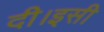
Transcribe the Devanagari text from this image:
दी।इसी